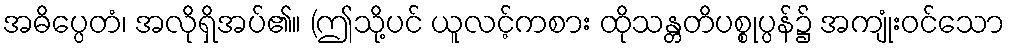
အဓိပ္ပေတံ၊ အလိုရှိအပ်၏။ (ဤသို့ပင် ယူလင့်ကစား ထိုသန္တတိပစ္စုပ္ပန်၌ အကျုံးဝင်သော